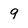
Character: 9